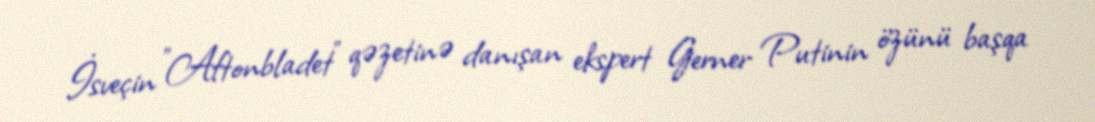
İsveçin "Aftonbladet" qəzetinə danışan ekspert Gerner Putinin özünü başqa